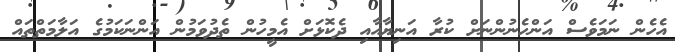
އެހެން ނަމަވެސް އަންހެނުންނަށް ކުރާ އަނިޔާއާއި ދެކޮޅަށް އެމީހުން ތެދުވަމުން އަންނަކަމުގެ އަލާމަތްތައް